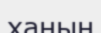
ханын